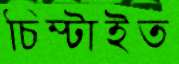
চিম্‌টাইত